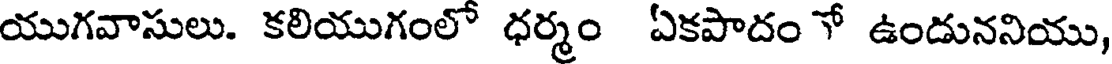
యుగవాసులు. కలియుగంలో ధర్మం ఏకపాదం ో ఉండుననియు,